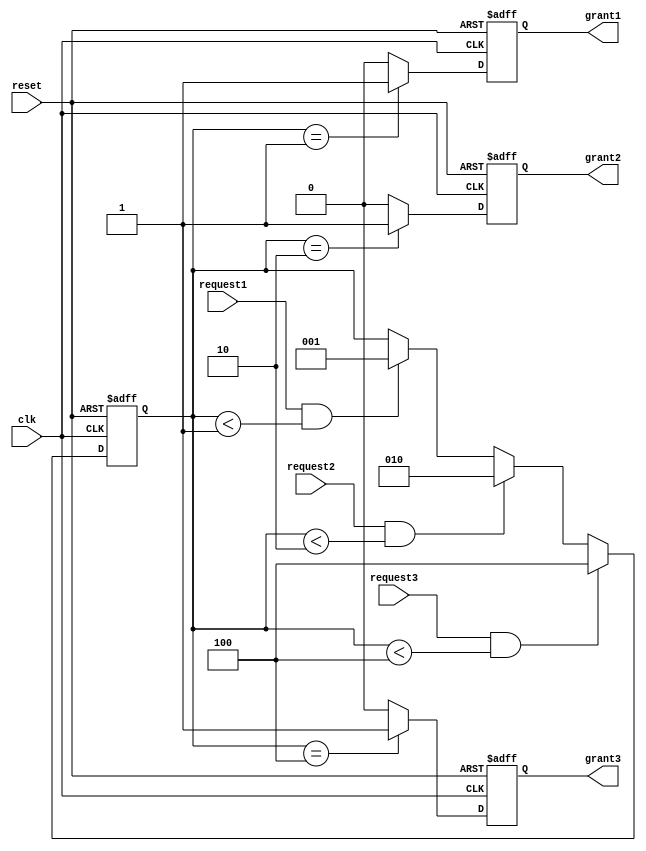
module priority_arbiter (
    input  wire                      clk,          // System clock
    input  wire                      reset,        // Reset signal
    input  wire                      request1,     // Request signal from source 1
    input  wire                      request2,     // Request signal from source 2
    input  wire                      request3,     // Request signal from source 3
    output reg                       grant1,       // Grant signal for source 1
    output reg                       grant2,       // Grant signal for source 2
    output reg                       grant3        // Grant signal for source 3
);

reg [2:0] request_priority;

always @(posedge clk or posedge reset) begin
    if (reset) begin
        request_priority <= 3'b000; // Initialize priority levels
        grant1 <= 1'b0;             // Initialize grants to 0
        grant2 <= 1'b0;             
        grant3 <= 1'b0;
    end else begin
        // Priority arbitration logic
        if (request1 && (request_priority < 3'b001)) begin
            request_priority <= 3'b001; // Update priority level for source 1
        end
        if (request2 && (request_priority < 3'b010)) begin
            request_priority <= 3'b010; // Update priority level for source 2
        end
        if (request3 && (request_priority < 3'b100)) begin
            request_priority <= 3'b100; // Update priority level for source 3
        end
        
        // Grant signals based on priority levels
        grant1 <= (request_priority == 3'b001) ? 1'b1 : 1'b0;
        grant2 <= (request_priority == 3'b010) ? 1'b1 : 1'b0;
        grant3 <= (request_priority == 3'b100) ? 1'b1 : 1'b0;
    end
end

endmodule